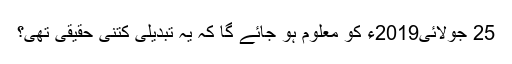
25 جولائی2019ء کو معلوم ہو جائے گا کہ یہ تبدیلی کتنی حقیقی تھی؟